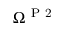
\Omega ^ { \mathrm { ~ P ~ 2 ~ } }